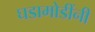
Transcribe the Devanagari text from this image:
घडामोडींनी